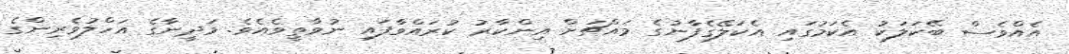
އެއްވެސް ބޭކަލަކު އެކަމުގައި އެކަލޭގެފާނުގެ މައްޗަށް އިންކާރު ކުރައްވާފައި ނުވާތީވެއެވެ. މަދީނާގެ އަހްލުވެރިންގެ